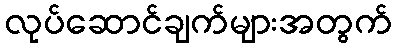
လုပ်ဆောင်ချက်များအတွက်